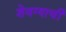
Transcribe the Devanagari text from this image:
शेवग्याची